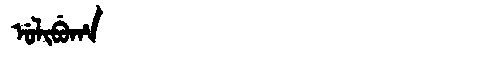
Manchu: ᡠᠯᡳᠪᡠᡥᠠ
Romanization: ULIBUHA